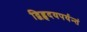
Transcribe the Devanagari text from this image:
द्विहृदयपर्यन्तं